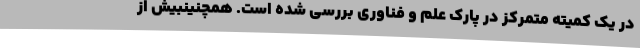
در یک کمیته متمرکز در پارک علم و فناوری بررسی شده است. همچنینبیش از